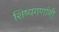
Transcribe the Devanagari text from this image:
शिष्यगणांनी